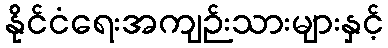
နိုင်ငံရေးအကျဉ်းသားများနှင့်